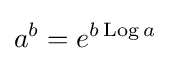
a^{b}=e^{b\operatorname {Log} a}